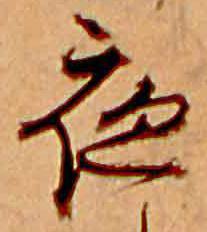
夜